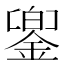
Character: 𨩁